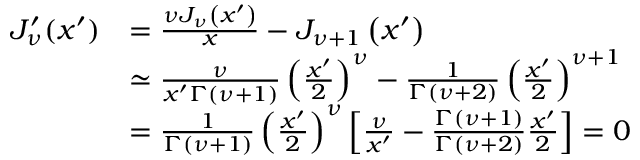
\begin{array} { r l } { J _ { \nu } ^ { \prime } ( x ^ { \prime } ) } & { = \frac { \nu J _ { \nu } \left( x ^ { \prime } \right) } { x } - J _ { \nu + 1 } \left( x ^ { \prime } \right) } \\ & { \simeq \frac { \nu } { x ^ { \prime } \Gamma \left( \nu + 1 \right) } \left( \frac { x ^ { \prime } } { 2 } \right) ^ { \nu } - \frac { 1 } { \Gamma \left( \nu + 2 \right) } \left( \frac { x ^ { \prime } } { 2 } \right) ^ { \nu + 1 } } \\ & { = \frac { 1 } { \Gamma ( \nu + 1 ) } \left( \frac { x ^ { \prime } } { 2 } \right) ^ { \nu } \left[ \frac { \nu } { x ^ { \prime } } - \frac { \Gamma ( \nu + 1 ) } { \Gamma ( \nu + 2 ) } \frac { x ^ { \prime } } { 2 } \right] = 0 } \end{array}